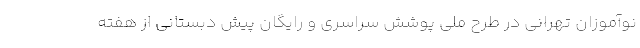
نوآموزان تهرانی در طرح ملی پوشش سراسری و رایگان پیش دبستانی از هفته